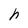
Character: h